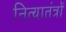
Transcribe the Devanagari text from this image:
नित्यातंत्रों